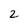
Character: 2